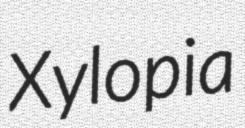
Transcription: Xylopia